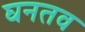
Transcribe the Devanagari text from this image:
घनतव